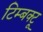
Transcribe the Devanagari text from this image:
टिम्बक्टू